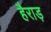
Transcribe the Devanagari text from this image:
हैराड़